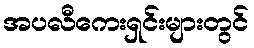
အပလီကေးရှင်းများတွင်